Indian journal of veterinary science and animal husbandry - Volumes 18-21, 1948-1951
Year: 1948
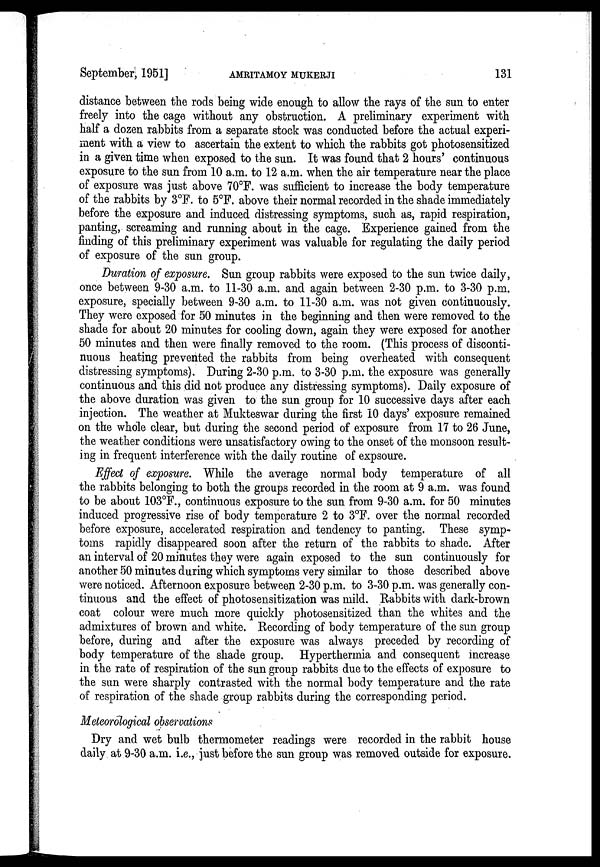
September, 1951]
AMRITAMOY
MUKERJI
131
distance between the rods being wide enough to allow the rays of the sun to enter
freely into the cage without any obstruction. A preliminary experiment with
half a dozen rabbits from a separate stock was conducted before the actual experi-
ment with a view to ascertain the extent to which the rabbits got photosensitized
in a given time when exposed to the sun. It was found that 2 hours' continuous
exposure to the sun from 10 a.m. to 12 a.m. when the air temperature near the place
of exposure was just above 70°F. was sufficient to increase the body temperature
of the rabbits by 3°F. to 5°F. above their normal recorded in the shade immediately
before the exposure and induced distressing symptoms, such as, rapid respiration,
panting, screaming and running about in the cage. Experience gained from the
finding of this preliminary experiment was valuable for regulating the daily period
of exposure of the sun group.
Duration of exposure. Sun group rabbits were exposed to the sun twice daily,
once between 9-30 a.m. to 11-30 a.m. and again between 2-30 p.m. to 3-30 p.m.
exposure, specially between 9-30 a.m. to 11-30 a.m. was not given continuously.
They were exposed for 50 minutes in the beginning and then were removed to the
shade for about 20 minutes for cooling down, again they were exposed for another
50 minutes and then were finally removed to the room. (This process of disconti-
nuous heating prevented the rabbits from being overheated with consequent
distressing symptoms). During 2-30 p.m. to 3-30 p.m. the exposure was generally
continuous and this did not produce any distressing symptoms). Daily exposure of
the above duration was given to the sun group for 10 successive days after each
injection. The weather at Mukteswar during the first 10 days' exposure remained
on the whole clear, but during the second period of exposure from 17 to 26 June,
the weather conditions were unsatisfactory owing to the onset of the monsoon result-
ing in frequent interference with the daily routine of expsoure.
Effect of exposure. While the average normal body temperature of all
the rabbits belonging to both the groups recorded in the room at 9 a.m. was found
to be about 103°F., continuous exposure to the sun from 9-30 a.m. for 50 minutes
induced progressive rise of body temperature 2 to 3°F. over the normal recorded
before exposure, accelerated respiration and tendency to panting. These symp-
toms rapidly disappeared soon after the return of the rabbits to shade. After
an interval of 20 minutes they were again exposed to the sun continuously for
another 50 minutes during which symptoms very similar to those described above
were noticed. Afternoon exposure between 2-30 p.m. to 3-30 p.m. was generally con-
tinuous and the effect of photosensitization was mild. Rabbits with dark-brown
coat colour were much more quickly photosensitized than the whites and the
admixtures of brown and white. Recording of body temperature of the sun group
before, during and after the exposure was always preceded by recording of
body temperature of the shade group. Hyperthermia and consequent increase
in the rate of respiration of the sun group rabbits due to the effects of exposure to
the sun were sharply contrasted with the normal body temperature and the rate
of respiration of the shade group rabbits during the corresponding period.
Meteorological observations
Dry and wet bulb thermometer readings were recorded in the rabbit house
daily at 9-30 a.m. i.e., just before the sun group was removed outside for exposure.